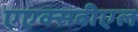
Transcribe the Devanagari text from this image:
एएक्सबीएल